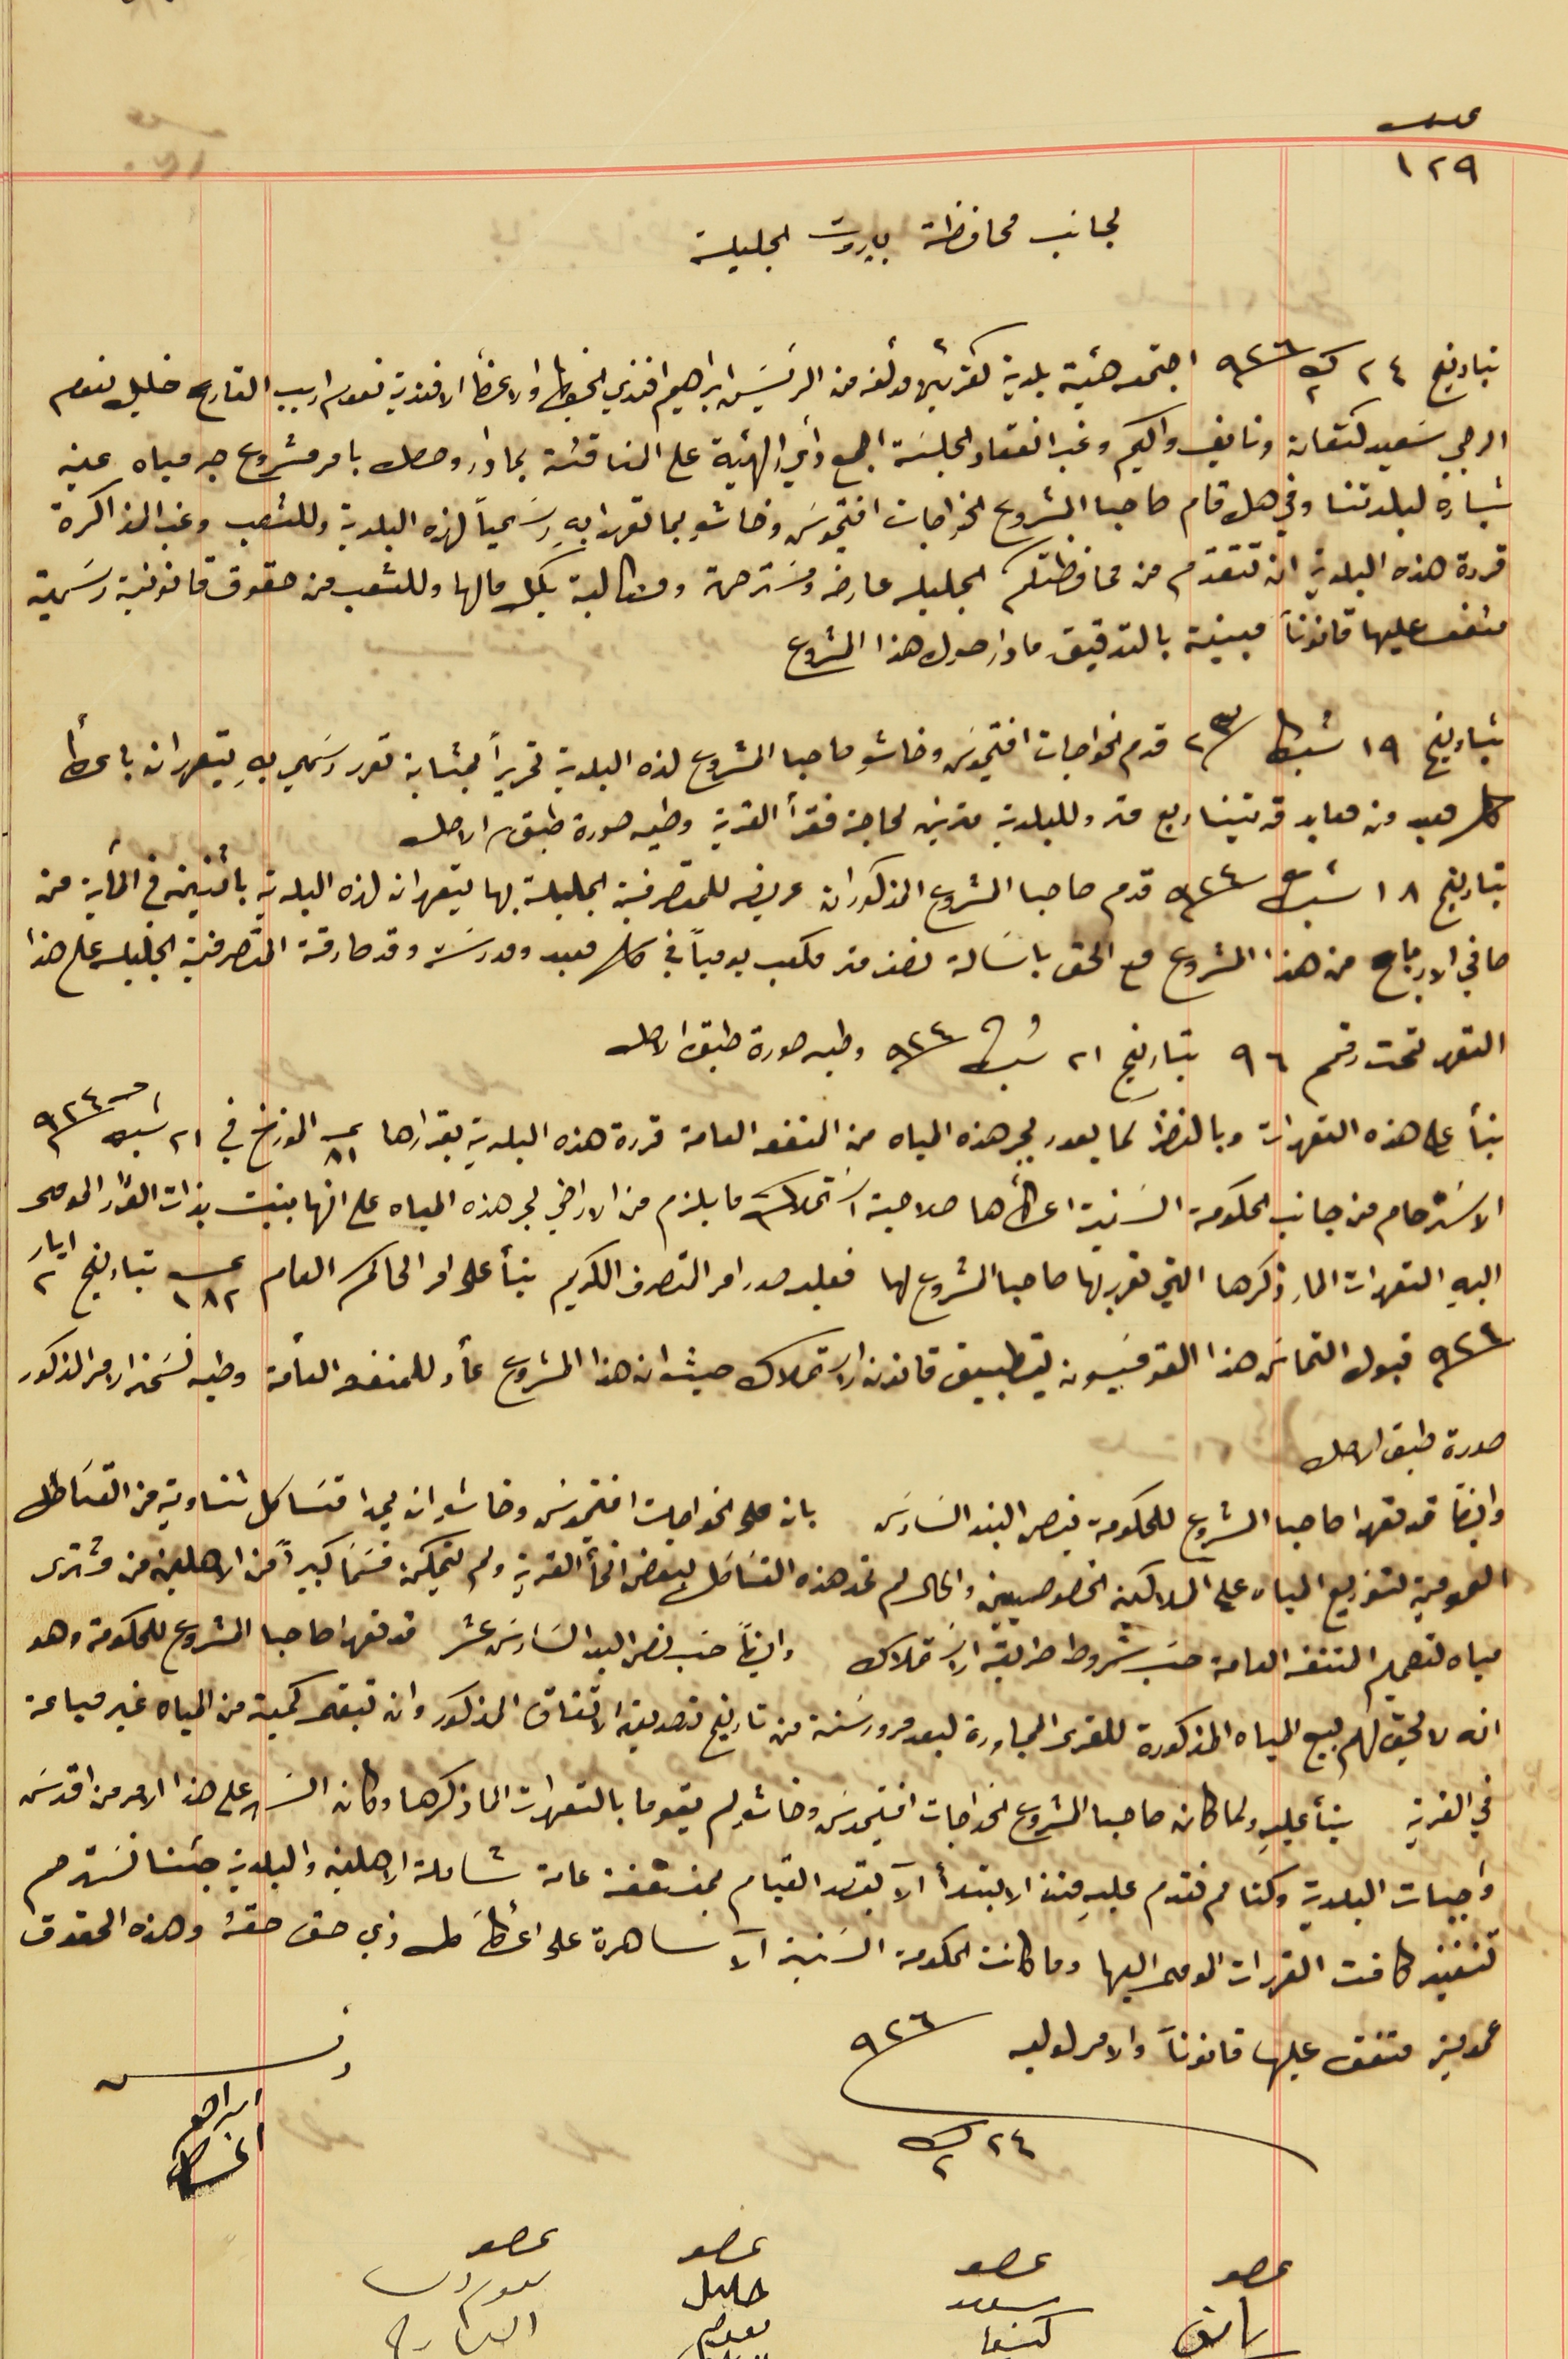
عدد ١٢٩
لجانب محافظة بيروت الجليلة
بتاريخ  ٢٤ ك٢ سنة  ٩٢٦ اجتمع هيئة بلدية كفرشيما مؤلفه من الرئيسَ ابراهيم افندي الخياط والاعضأ الافندية نعوم اديب القارح خليل نعوم
الرجي سَعيد كنعان ونايف واكيم وغب انعقاد الجلسَة اجمع رأي الهيئة على المناقشة بما دار وحصل بامر مشروع جر مياه عين
بشارة لبلدتنا وفي هل قام صاحبا المشروع الخواجات افتيموسَ وخاشو بما تعهدا بهِ رسَمياً لهذه البلدية وللشعب وغب الذاكرة
قررة هذه البلدية ان تتقدّم من محافظتكم الجليلة عارضه ومسَترحمة ومطالبة بكل مالها وللشعب من حقوق قانونية رسَمية
 متفق عليها قانوناً مبينة بالتدقيق ما دار حول هذا المشروع
بتاريخ ١٩ شباط سنة ٢٣ قدم الخواجات افتيموسَ وخاشو صاحبا المشروع لهذه البلدية تحريراً بمثابة تعهد رسَمي بهِ يتعهدان باعطأ
كل معبد من معابد قريتنا ربع متر وللبلدية مترين لحاجة فقرأ القرية وطيه صورة طبق الاصل
بتاريخ ١٨ شباط سنة ٩٢٤ قدم صاحبا المشروع المذكوران عريضه للمتصرفية الجليلة بها يتعهدان لهذه البلدية باثنين في المآية من
صافي الارباح من هذا المشروع مع الحق باسَالة نصف متر مكعب يومياً في كل معبد ومدرسَة وقد صادقة المتصرفية الجليله على هذا
التعهد تحت رقم ٩٦ بتاريخ ٢١ شباط سنة ٩٢٤ وطيه صورة طبق الاصل
بنأً على هذه التعهدات وبالنظر لما يعود بجر هذه المياه من المنفعه العامة قررة هذه البلدية بقرارها عدد ٨١ المؤرخ في ٢١ شباط سنة ٩٢٤
الاسَترحام من جانب الحكومة السَنية اعطأها صلاحية اسَتملاك ما يلزم من الاراضي لجر هذه المياه على انها بنيت بذات القرار المومى
اليهِ التعهدات المار ذكرها التي تقرر بها صاحبا المشروع لها فعليه صدر امر التصرف الكريم بنأ على امر الحاكم العام عــ ١٨٢ بتاريخ ٢ ايار
سنة ٩٢٤ قبول التماسَ هذا القومسَيون بتطبيق قانون الاستملاك حيث ان هذا المشروع عأد للمنفعة التامة وطيه نسَخه الامر المذكور
صورة طبق الاصل
وايضاً قد تعهدا صاحبا المشروع للحكومة بنص البند السَادسَ بان على الخواجات افتيموسَ وخاشو ان يمدا قسَاطل تناوية من القسَاطل
العمومية لتوزيع المياه على الملاكين الخصوصيين والحال لم تمد هذه القسَاطل لبعض انحأ القرية ولم يتمكن قسَمًا كبيراً من الاهلين من مشترى
مياه لتعميم المنفعة العامة حسَب شروط طريقه الاسَتملاك وايضًا حسَب نص البند السَادسَ عشر قد تعهدا صاحبا المشروع للحكومة وهو
انه لا يحق لهم بيع المياه المذكورة للقرى المجاورة لبعد مرور سَنة من تاريخ تصديق الاتفاق المذكور وان تبقى كمية من المياه غير مباعة
في القرية بنأ عليهِ ولما كان صاحبا المشروع الخواجات افتيموسَ وخاشو لم يقوما بالتعهدات الما ذكرها وكان السَهر على هذا الامر من اقدسَ
 واجبات البلدية وكنا لم نقدم عليهِ منذ الابتدأ الآ بقصد القيام بمنفعة عامة شاملة الاهلية والبلدية جئنا نسَترحم
تنفيذ كافت القررات المومى اليها وما كانت الحكومة السَنية الآ ساهرة على اعطأ كل ذي حق حقهُ وهذه الحقوق
عمومية متفق عليها قانوناً والامر لوليه
٢٤ ك٢ سنة ٩٢٦
رئىس ابراهىم الخىاط
عصو ىاىف
عصو حلىل ىعوم
عصو ىعوم دىب العارح
عصو سعىد كنعا